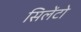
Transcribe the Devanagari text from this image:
सिलेंटो